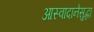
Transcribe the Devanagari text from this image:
आस्वादानेसुद्धा